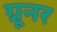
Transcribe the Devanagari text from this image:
ग्रूनर